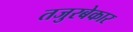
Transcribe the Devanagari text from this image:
तजुरबेकार